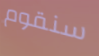
سنقوم